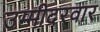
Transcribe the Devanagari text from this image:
उम्मीदरवार